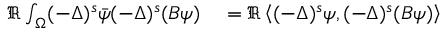
\begin{array} { r l } { \Re \int _ { \Omega } ( - \Delta ) ^ { s } \Bar { \psi } ( - \Delta ) ^ { s } ( B \psi ) } & { { } = \Re \left\langle ( - \Delta ) ^ { s } \psi , ( - \Delta ) ^ { s } ( B \psi ) \right\rangle } \end{array}